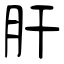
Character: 肝